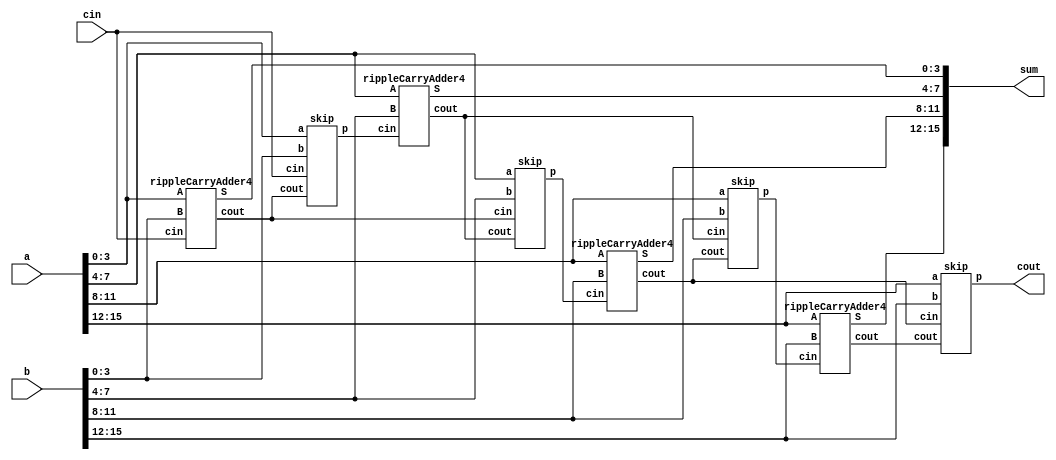
module carrySkipAdder16(input[15:0] a,
                  input[15:0] b,
                  input cin,
                  output[15:0] sum,
                  output cout);
    wire p[2:0];
    wire c[3:0];
    
    
    skip sk0(.a(a[3:0]), .b(b[3:0]), .cin(cin), .cout(c[0]), .p(p[0]));
    skip sk1(.a(a[7:4]), .b(b[7:4]), .cin(c[0]), .cout(c[1]), .p(p[1]));
    skip sk2(.a(a[11:8]), .b(b[11:8]) , .cin(c[1]) , .cout(c[2]) , .p(p[2]));
    skip sk3(.a(a[15:12]), .b(b[15:12]), .cin(c[2]) , .cout(c[3]) , .p(cout));
 

    rippleCarryAdder4 rca0(.A(a[3:0]), .B(b[3:0]), .cin(cin), .cout(c[0]), .S(sum[3:0]));
    rippleCarryAdder4 rca1(.A(a[7:4]), .B(b[7:4]), .cin(p[0]), .cout(c[1]), .S(sum[7:4]));
    rippleCarryAdder4 rca2(.A(a[11:8]), .B(b[11:8]), .cin(p[1]), .cout(c[2]) , .S(sum[11:8]));
    rippleCarryAdder4 rca3(.A(a[15:12]), .B(b[15:12]) , .cin(p[2]) , .cout(c[3]) , .S(sum[15:12]));                 
        
endmodule
            
module rippleCarryAdder4(input[3:0] A,
                        input[3:0] B,
                        input cin,
                        output[3:0] S,
                        output cout);
    wire c[2:0];
    FullAdderr fa0(.A(A[0]) , .B(B[0]) , .cin(cin)  , .cout(c[0]) , .sum(S[0]));
    FullAdderr fa1(.A(A[1]) , .B(B[1]) , .cin(c[0]) , .cout(c[1]) , .sum(S[1]));
    FullAdderr fa2(.A(A[2]) , .B(B[2]) , .cin(c[1]) , .cout(c[2]) , .sum(S[2]));
    FullAdderr fa3(.A(A[3]) , .B(B[3]) , .cin(c[2]) , .cout(cout) , .sum(S[3]));
                        
endmodule

module FullAdderr(input A,
                  input B,
                  input cin,
                  output sum,
                  output cout);
   assign sum = A ^ B ^ cin;
   assign cout = (A & B) | (B & cin) | (A & cin);
endmodule

//sahar nadem va pashiman az module nanevshtan


module skip(input[3:0] a,
            input[3:0] b,
            input cin,
            input cout,
            output p);  
    assign p = ((a[0] ^ b[0]) & (a[1] ^ b[1]) & (a[2] ^ b[2]) & (a[3] ^ b[3]) & cin) | cout;
   
        
endmodule



module tbAdder;
reg[15:0] inp1,inp2;
reg carryin;
wire carryout;
wire[15:0] sum;

initial begin
  inp1 = 0;
  inp2 = 0;
  carryin = 0;
end
always 
begin
  #10 inp1 = 16'd 1024;
  #10 inp2 = 16'd 300;
  #10 inp1 = 16'd 399;
  #10 inp2 = 16'd 11012;
  #10 inp1 = 16'd 1331;
  #10 inp2 = 16'd 1433;
  #10 inp1 = 16'd 6454;
  #10 inp2 = 16'd 1234;
  #10 inp1 = 16'd 1434;
  #10 inp2 = 16'd 444;
  #10 inp1 = 16'd 655;
  #10 inp2 = 16'd 245;
  #10 inp1 = 16'd 1123;
  #10 inp2 = 16'd 443;
  #10 inp1 = 16'd 1342;
  #10 inp2 = 16'd 5813;
  #10 inp1 = 16'd 827;
  #10 inp2 = 16'd 1374;
  #10 inp1 = 16'd 1375;
  #10 inp2 = 16'd 9083;
  #10 inp1 = 16'd 4587;
  #10 inp2 = 16'd 1435;
  #10 inp1 = 16'd 5675;
  #10 inp2 = 16'd 5786;
  #10 inp1 = 16'd 2345;
  #10 inp2 = 16'd 9;
  #10 inp1 = 16'd 1989;
  #10 inp2 = 16'd 3120;
  #10 inp1 = 16'd 3489;
  inp2 = 16'd 3478;
end

carrySkipAdder16 CSA(.a(inp1),.b(inp2) , .cin(carryin) , .sum(sum) , .cout(carryout));
endmodule